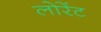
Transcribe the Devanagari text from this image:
लोरेंट